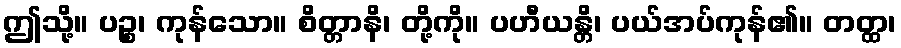
ဤသို့။ ပဉ္စ၊ ကုန်သော။ စိတ္တာနိ၊ တို့ကို။ ပဟီယန္တိ၊ ပယ်အပ်ကုန်၏။ တတ္ထ၊